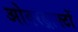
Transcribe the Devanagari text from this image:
ओवरड्राफ्टों